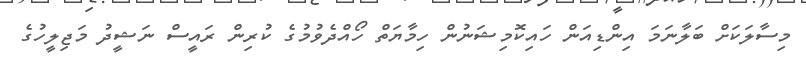
މިސާލަކަށް ބަލާނަމަ އިންޑިއަން ހައިކޮމިޝަނުން ހިމާޔަތް ހޯއްދެވުމުގެ ކުރިން ރައީސް ނަޝީދު މަޖިލީހުގެ